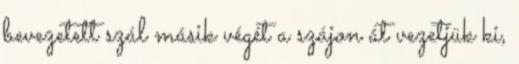
bevezetett szál másik végét a szájon át vezetjük ki,